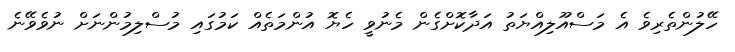
ހޭލުންތެރިވެ އެ މަސްއޫލިއްޔަތު އަދާކޮށްގެން މެނުވީ ހެޔޮ އުންމަތެއް ކަމުގައި މުސްލިމުންނަށް ނުވެވޭނެ